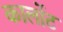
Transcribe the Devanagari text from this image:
कार्लोट